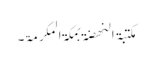
مکتبۃ النھضۃ بمکۃ المکرمۃ۔